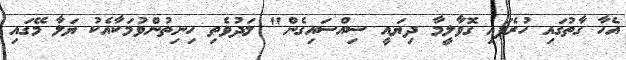
އެހާ ގާތުގައި ހުރެފައި ގޮވާލީމާ ދިޔައީ ސިއްސައިގެން" ލަދުވެތި ހިނިތުންވުމަކާއެކު ޔަލާ މޭގައި